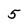
Character: 5